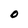
Character: O